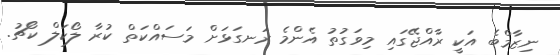
ނިޒާމްބެ އަކީ ރާއްޖޭގައި މިވަގުތު އެންމެ ރަނގަޅަށް މަސައްކަތް ކުރާ ލޯކަލް ކޯޗު.